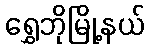
ရွှေဘိုမြို့နယ်